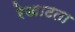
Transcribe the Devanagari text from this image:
रेखाटता